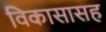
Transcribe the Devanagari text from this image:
विकासासह